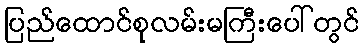
ပြည်ထောင်စုလမ်းမကြီးပေါ်တွင်